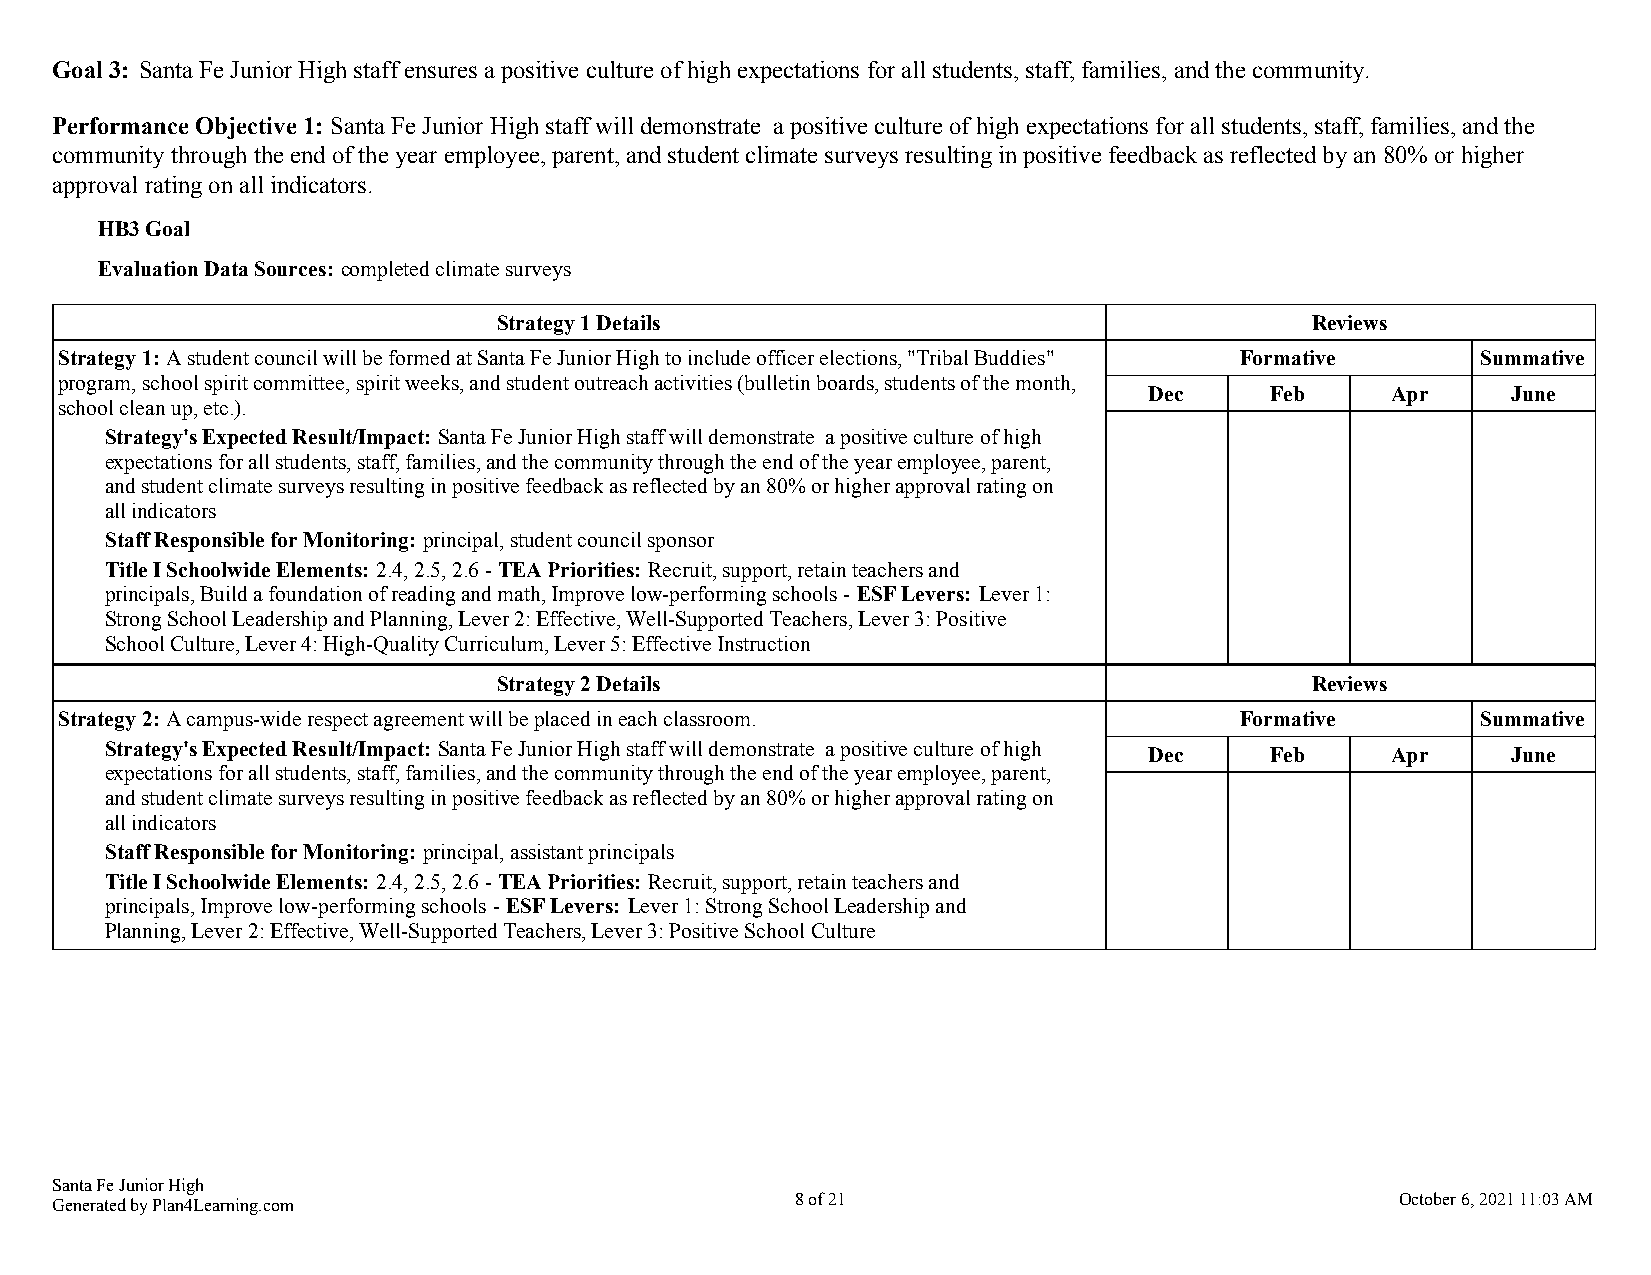
Goal 3: Santa Fe Junior High staff ensures a positive culture of high expectations for all students, staff, families, and the community.
 Performance Objective 1: Santa Fe Junior High staff will demonstrate a positive culture of high expectations for all students, staff, families, and the
 community through the end of the year employee, parent, and student climate surveys resulting in positive feedback as reflected by an 80% or higher
 approval rating on all indicators.
 HB3 Goal
 Evaluation Data Sources: completed climate surveys
 Strategy 1 Details                                    Reviews
 Strategy 1: A student council will be formed at Santa Fe Junior High to include officer elections, "Tribal Buddies" Formative Summative
 program, school spirit committee, spirit weeks, and student outreach activities (bulletin boards, students of the month,
 Dec     Feb     Apr     June
 school clean up, etc.).
 Strategy's Expected Result/Impact: Santa Fe Junior High staff will demonstrate a positive culture of high
 expectations for all students, staff, families, and the community through the end of the year employee, parent,
 and student climate surveys resulting in positive feedback as reflected by an 80% or higher approval rating on
 all indicators
 Staff Responsible for Monitoring: principal, student council sponsor
 Title I Schoolwide Elements: 2.4, 2.5, 2.6 - TEA Priorities: Recruit, support, retain teachers and
 principals, Build a foundation of reading and math, Improve low-performing schools - ESF Levers: Lever 1:
 Strong School Leadership and Planning, Lever 2: Effective, Well-Supported Teachers, Lever 3: Positive
 School Culture, Lever 4: High-Quality Curriculum, Lever 5: Effective Instruction
 Strategy 2 Details                                    Reviews
 Strategy 2: A campus-wide respect agreement will be placed in each classroom. Formative       Summative
 Strategy's Expected Result/Impact: Santa Fe Junior High staff will demonstrate a positive culture of high Dec Feb Apr June
 expectations for all students, staff, families, and the community through the end of the year employee, parent,
 and student climate surveys resulting in positive feedback as reflected by an 80% or higher approval rating on
 all indicators
 Staff Responsible for Monitoring: principal, assistant principals
 Title I Schoolwide Elements: 2.4, 2.5, 2.6 - TEA Priorities: Recruit, support, retain teachers and
 principals, Improve low-performing schools - ESF Levers: Lever 1: Strong School Leadership and
 Planning, Lever 2: Effective, Well-Supported Teachers, Lever 3: Positive School Culture
 Santa Fe Junior High
 Generated by Plan4Learning.com                    8 of 21                                 October 6, 2021 11:03 AM